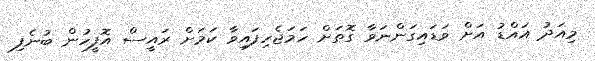
މިއަދު އައްޑު އަށް ވަޑައިގަންނަވާ ގޮތަށް ހަމަޖެހިފައިވާ ކަމަށް ރައީސް އޮފީހުން ބުނެފި